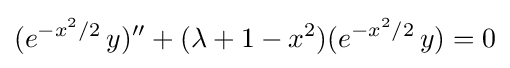
(e^{-x^{2}/2}\,y)''+(\lambda +1-x^{2})(e^{-x^{2}/2}\,y)=0